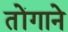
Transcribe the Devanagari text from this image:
तोंगाने